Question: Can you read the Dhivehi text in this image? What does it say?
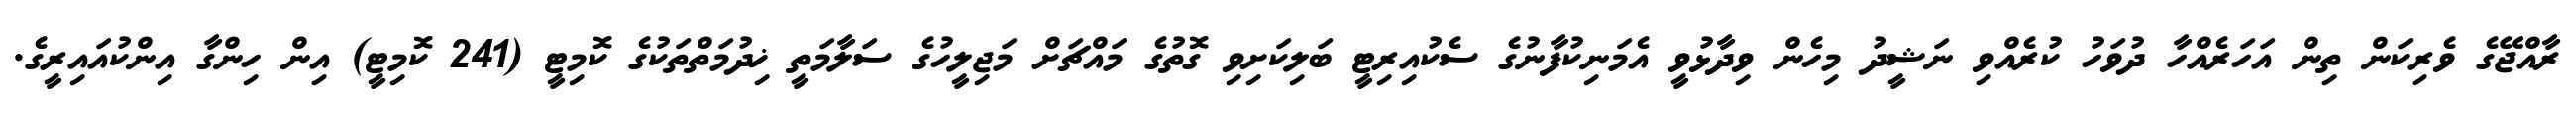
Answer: ރާއްޖޭގެ ވެރިކަން ތިން އަހަރެއްހާ ދުވަހު ކުރެއްވި ނަޝީދު މިހެން ވިދާޅުވީ އެމަނިކުފާނުގެ ސެކުއިރިޓީ ބަލިކަށިވި ގޮތުގެ މައްޗަށް މަޖިލީހުގެ ސަލާމަތީ ޚިދުމަތްތަކުގެ ކޮމިޓީ (241 ކޮމިޓީ) އިން ހިންގާ އިންކުއައިރީގެ.